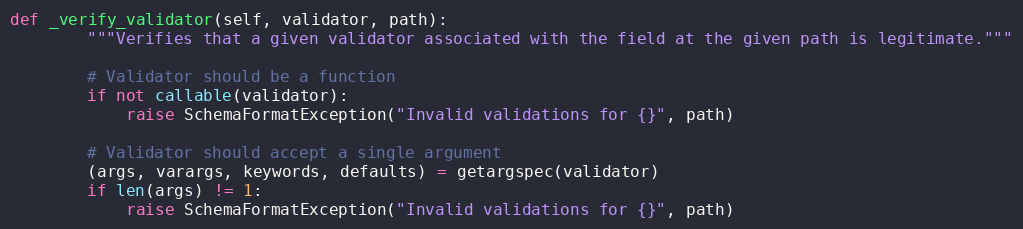
Language: Python
def _verify_validator(self, validator, path):
        """Verifies that a given validator associated with the field at the given path is legitimate."""

        # Validator should be a function
        if not callable(validator):
            raise SchemaFormatException("Invalid validations for {}", path)

        # Validator should accept a single argument
        (args, varargs, keywords, defaults) = getargspec(validator)
        if len(args) != 1:
            raise SchemaFormatException("Invalid validations for {}", path)